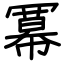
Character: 冪